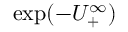
\exp ( - U _ { + } ^ { \infty } )